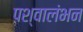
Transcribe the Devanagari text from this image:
पश्वालंभन